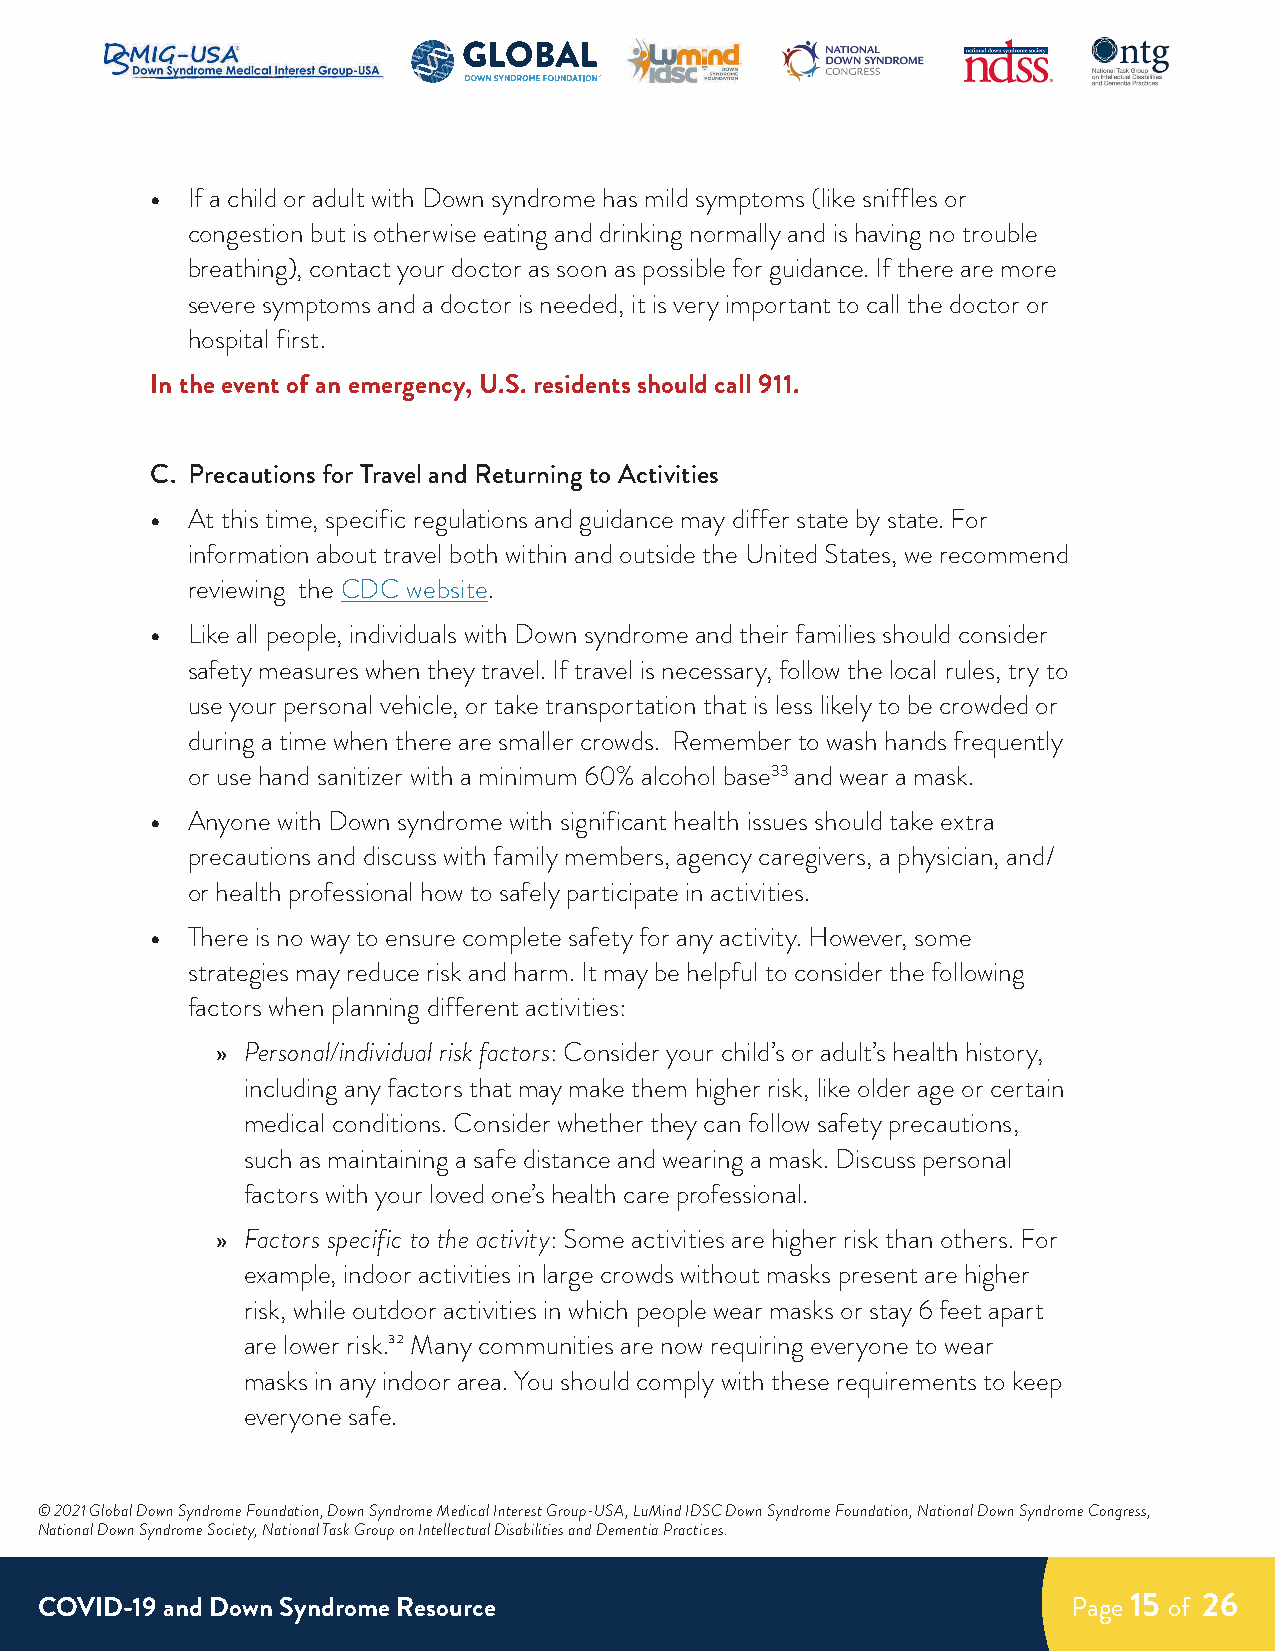
• If a child or adult with Down syndrome has mild symptoms (like sniffles or
 congestion but is otherwise eating and drinking normally and is having no trouble
 breathing), contact your doctor as soon as possible for guidance. If there are more
 severe symptoms and a doctor is needed, it is very important to call the doctor or
 hospital first.
 In the event of an emergency, U.S. residents should call 911.
 C. Precautions for Travel and Returning to Activities
 • At this time, specific regulations and guidance may differ state by state. For
 information about travel both within and outside the United States, we recommend
 reviewing the CDC website.
 • Like all people, individuals with Down syndrome and their families should consider
 safety measures when they travel. If travel is necessary, follow the local rules, try to
 use your personal vehicle, or take transportation that is less likely to be crowded or
 during a time when there are smaller crowds. Remember to wash hands frequently
 or use hand sanitizer with a minimum 60% alcohol base33 and wear a mask.
 • Anyone with Down syndrome with significant health issues should take extra
 precautions and discuss with family members, agency caregivers, a physician, and/
 or health professional how to safely participate in activities.
 • There is no way to ensure complete safety for any activity. However, some
 strategies may reduce risk and harm. It may be helpful to consider the following
 factors when planning different activities:
 » Personal/individual risk factors: Consider your child’s or adult’s health history,
 including any factors that may make them higher risk, like older age or certain
 medical conditions. Consider whether they can follow safety precautions,
 such as maintaining a safe distance and wearing a mask. Discuss personal
 factors with your loved one’s health care professional.
 » Factors specific to the activity: Some activities are higher risk than others. For
 example, indoor activities in large crowds without masks present are higher
 risk, while outdoor activities in which people wear masks or stay 6 feet apart
 are lower risk.32 Many communities are now requiring everyone to wear
 masks in any indoor area. You should comply with these requirements to keep
 everyone safe.
 © 2021 Global Down Syndrome Foundation, Down Syndrome Medical Interest Group-USA, LuMind IDSC Down Syndrome Foundation, National Down Syndrome Congress,
 National Down Syndrome Society, National Task Group on Intellectual Disabilities and Dementia Practices.
 COVID-19 and Down Syndrome Resource                                  Page 15 of 26